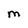
Character: M